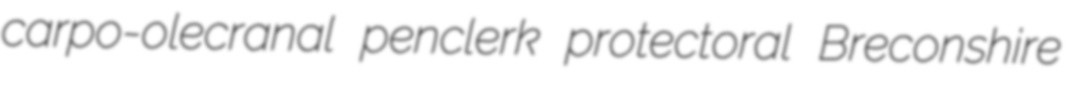
carpo-olecranal penclerk protectoral Breconshire